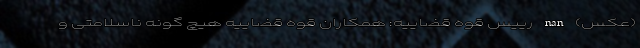
(عکس) nan رییس قوه قضاییه: همکاران قوه قضاییه هیچ گونه ناسلامتی و